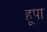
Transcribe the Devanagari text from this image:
हूपा